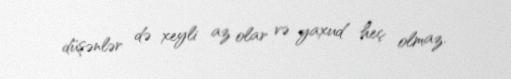
düşənlər də xeyli az olar və yaxud heç olmaz.